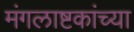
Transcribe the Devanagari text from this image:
मंगलाष्टकांच्या